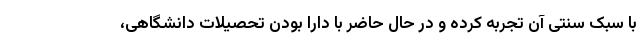
با سبک سنتی آن تجربه کرده و در حال حاضر با دارا بودن تحصیلات دانشگاهی،